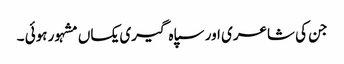
جن کی شاعری اور سپاہ گیری یکساں مشہور ہوئی ۔